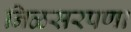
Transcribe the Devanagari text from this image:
निळसरपणा